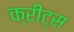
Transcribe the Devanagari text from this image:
क्रीट्स